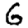
Digit: 6